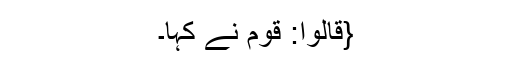
{قَالُوْا: قوم نے کہا۔